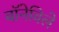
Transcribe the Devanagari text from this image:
बॉनेविले